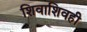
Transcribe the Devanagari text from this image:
शिवाशिवही